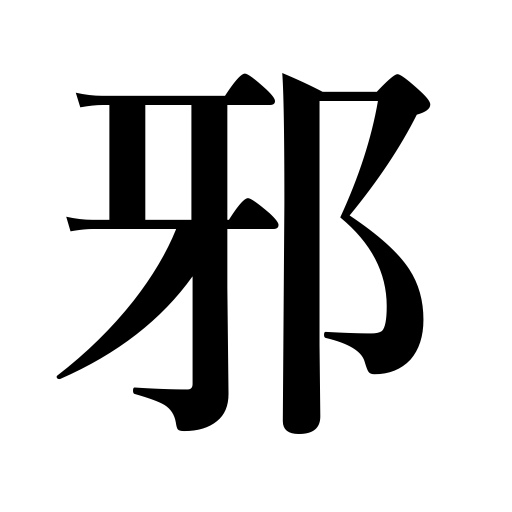
Meanings: unrighteousness,injustice,wickedness